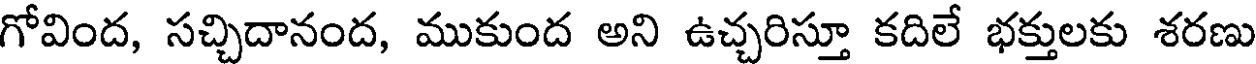
గోవింద, సచ్చిదానంద, ముకుంద అని ఉచ్చరిస్తూ కదిలే భక్తులకు శరణు